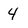
Character: 4